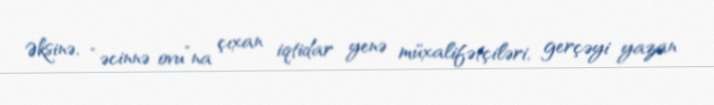
Əksinə, “əcinnə ovu”na çıxan iqtidar yenə müxalifətçiləri, gerçəyi yazan